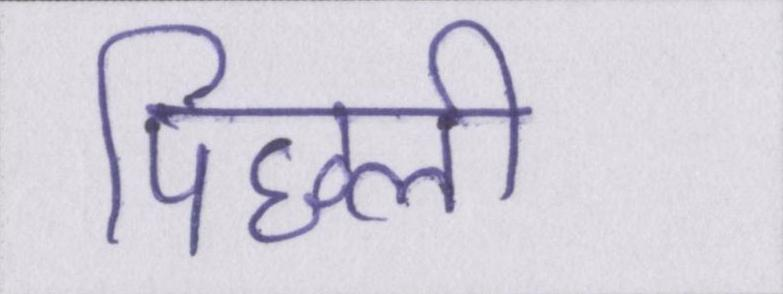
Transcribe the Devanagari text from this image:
पिछली